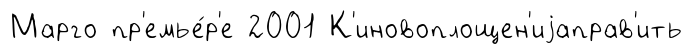
Марго пр'емье́р'е 2001 К'иновоплощен'иjаправ'ить